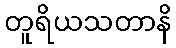
တူရိယသတာနိ